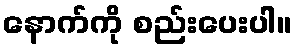
နောက်ကို စည်းပေးပါ။